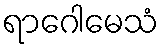
ရာဂေါမေသံ